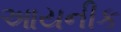
આયનીક